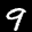
Label: 9